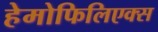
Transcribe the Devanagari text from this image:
हेमोफिलिएक्स